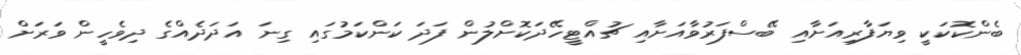
ބެންކޮކަކީ ވިޔަފާރިއަށާއި ބޭސްފަރުވާއަށާއި ޗުއްޓީހޭދަކޮށްލުން ފަދަ ކަންކަމުގައި ގިނަ އަދަދެއްގެ ދިވެހީން ވަރަށް